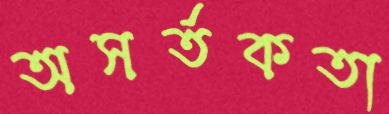
অসর্তকতা